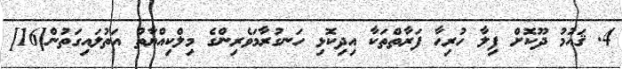
4. ޤައުމު ދޫކޮށް ފިލާ ހުރިހާ ފަރާތްތަކާ އިދިކޮޅި ހަނގުރާމަވެރިންގެ މިލްކިއްޔާތު އަތުލައިގަތުން[16]